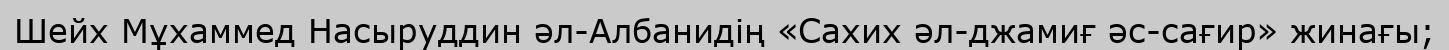
Шейх Мұхаммед Насыруддин әл-Албанидің «Сахих әл-джамиғ әс-сағир» жинағы;